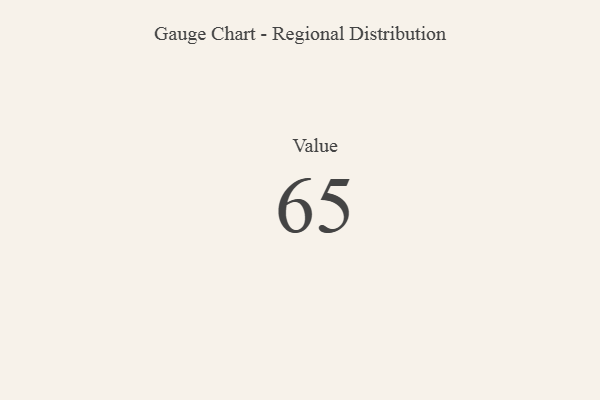
{"axis": {"x": "Metric", "y": "Value"}, "legend": [""], "data": [{"x": "Value", "y": 65, "type": ""}]}